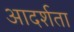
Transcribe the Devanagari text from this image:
आदर्शता